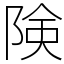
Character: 険